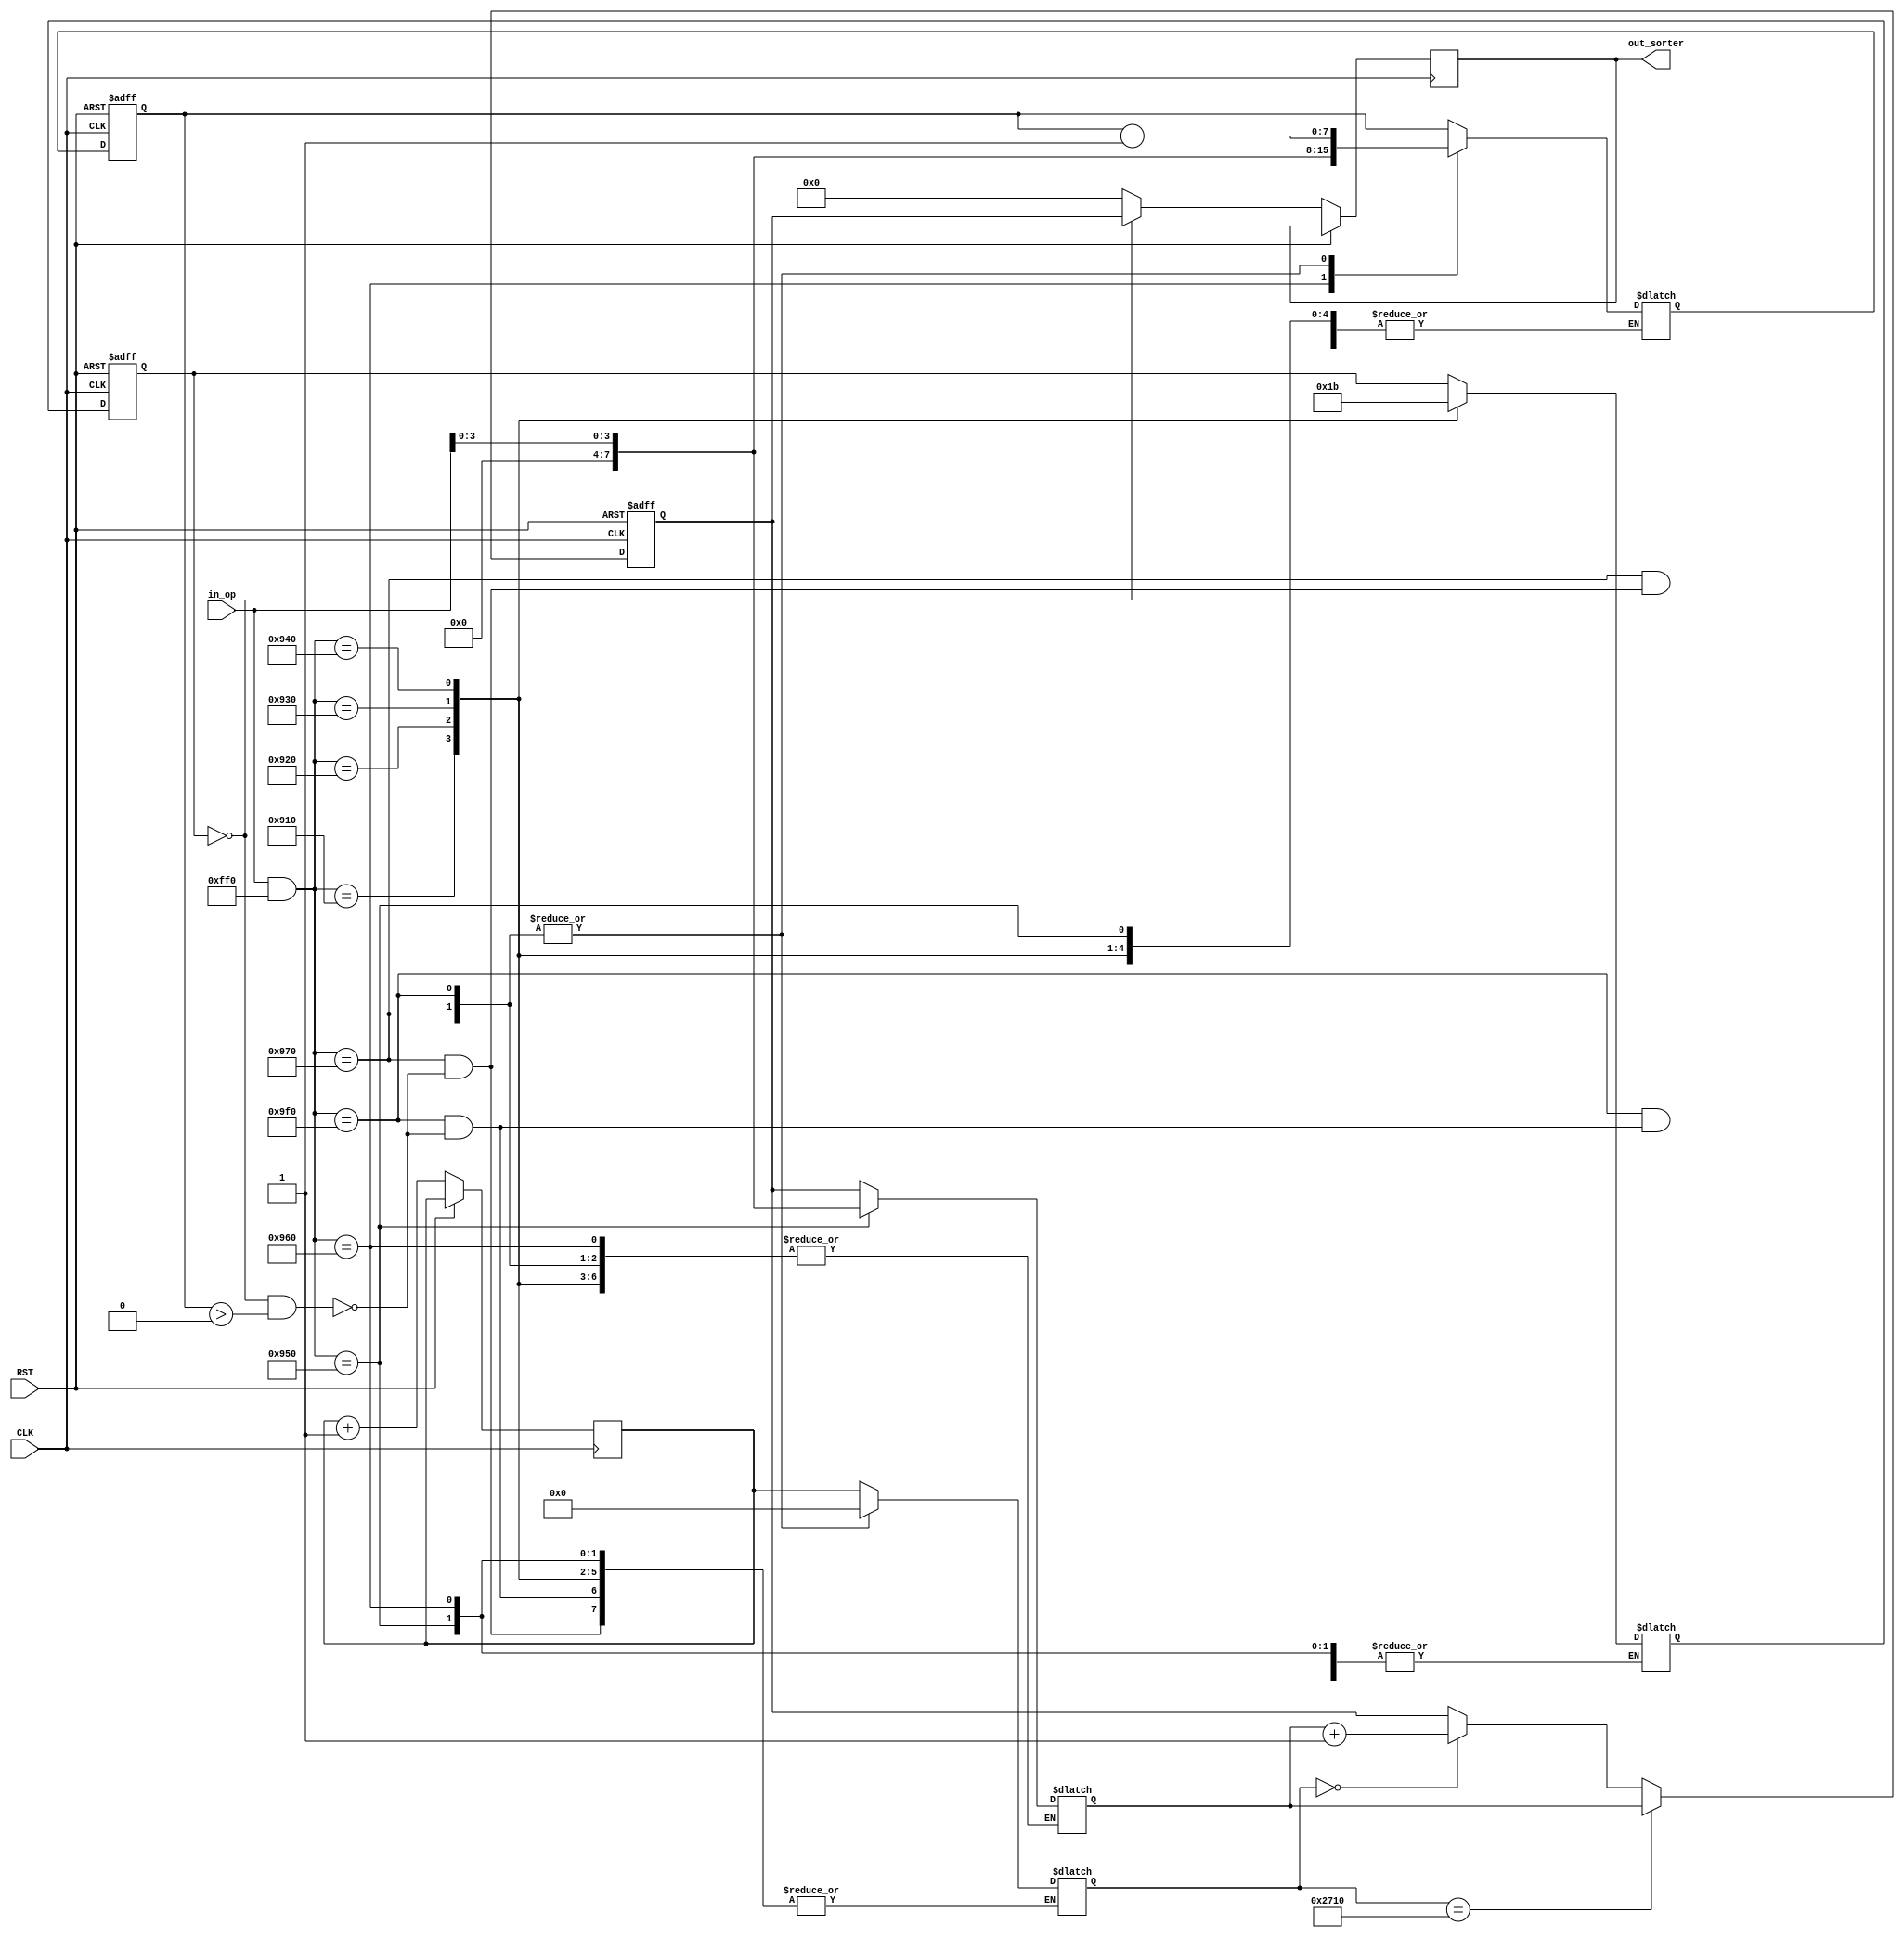
module task8(
    input CLK,
	 input RST,
    input [15:0] in_op,
    output wire [7:0] out_sorter
    );

    // Initial values

    reg [1:0] state = 2'b00;
    reg [1:0] next_state;
    reg [7:0] task_priority = 8'b00000000;
    reg [7:0] next_priority = 8'b00000000;
    reg [7:0] exe_hit = 8'b10000000;
    reg [7:0] next_exe_hit;
    reg [7:0] id_plus_prty;
    reg [31:0] r_counter = 32'b0;
	 reg [31:0] next_r_counter = 32'b0;

    localparam task_id = 8'b00001001;

    // States
    // ---------------------
    // 00 | Ready
    // 01 | Suspended
    // 10 | Wait
    // 11 | Terminated
    // ---------------------



    always @(*) begin
        // Operation cases
        // ---------------------
        // 1111 | Confirm execution
        // 0001 | Ready          
        // 0010 | Suspend                    
        // 0011 | Wait                        
        // 0100 | Kill                      
        // 0101 | Increase priority          
        // 0110 | Increase execution hit 
        // 1100 | Kill                       
        // 0000 | Not defined
        // ---------------------

        case (in_op & 16'b0000111111110000)
            // ---------------------
            // Particular State change
            // ---------------------
            16'b0000100100010000: next_state = 2'b00; // Ready : 0001
            16'b0000100100100000: next_state = 2'b01; // Suspend : 0010
            16'b0000100100110000: next_state = 2'b10; // Wait : 0011
            16'b0000100101000000: next_state = 2'b11; // Kill : 0100
			
            // ---------------------------------------------------------
			
            16'b0000100101010000: next_priority = in_op[3:0]; // Increase priority : 0101
            16'b0000100101100000: next_exe_hit = in_op[3:0]; // Increase execution hit : 0110
			
            16'b0000100101110000: begin // Execute
                if (state == 2'b00 && exe_hit > 0) begin
                    next_exe_hit = exe_hit - 1;
                    next_r_counter <= 0;
                end
            end
			
            16'b0000100111110000: begin // Finish execution
                if (state == 2'b00 && exe_hit > 0) begin
                    next_exe_hit = exe_hit - 1;
                    next_r_counter <= 0;
                end
            end
			
            default: begin
                next_state = state;
                next_priority = task_priority;
                next_exe_hit = exe_hit;
					 next_r_counter = r_counter;
            end
        endcase
    end

    always @(posedge CLK or posedge RST) begin
        if (RST) begin
            // RST the FSM to the initial state and values
            state <= 2'b00;
            task_priority <= 8'b00000000;
            exe_hit <= 8'b10000000;
        end else begin 
			  if (state == 2'b00) begin
					id_plus_prty = {task_id, task_priority};
			  end else begin
					id_plus_prty = 8'b00000000;
			  end
			  if (next_r_counter == 10000) begin
					r_counter <= 0;
					task_priority <= next_priority;
			  end else if (next_r_counter == 0) begin
					r_counter <= 0;
					task_priority <= next_priority + 1;	
			  end
			  state <= next_state;		  
			  exe_hit <= next_exe_hit;
			  r_counter <= r_counter + 1;
		  end
    end

    assign out_sorter = id_plus_prty;

endmodule